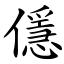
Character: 㒚